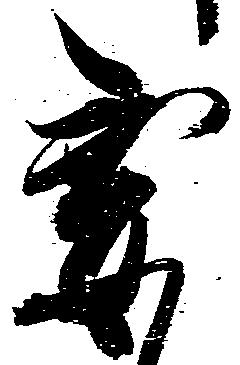
要